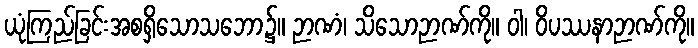
ယုံကြည်ခြင်းအစရှိသောသဘော၌။ ဉာဏံ၊ သိသောဉာဏ်ကို။ ဝါ၊ ဝိပဿနာဉာဏ်ကို။